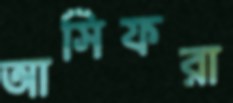
আসিফরা